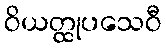
ဝိယတ္ထုပသေဝီ